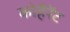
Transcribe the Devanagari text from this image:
कोहैरेंट